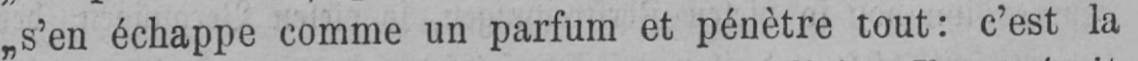
„s’en échappe comme un parfum et pénètre tout: c’est la